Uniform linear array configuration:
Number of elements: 48
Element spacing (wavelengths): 1
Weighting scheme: kaiser
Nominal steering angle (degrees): -30
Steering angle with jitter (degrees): -30.777
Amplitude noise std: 0.05
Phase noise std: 0.05

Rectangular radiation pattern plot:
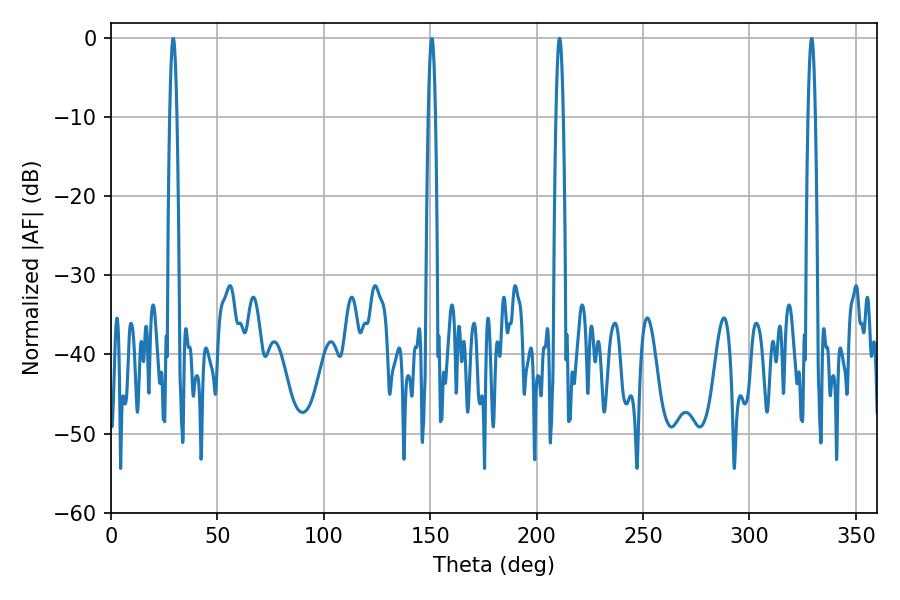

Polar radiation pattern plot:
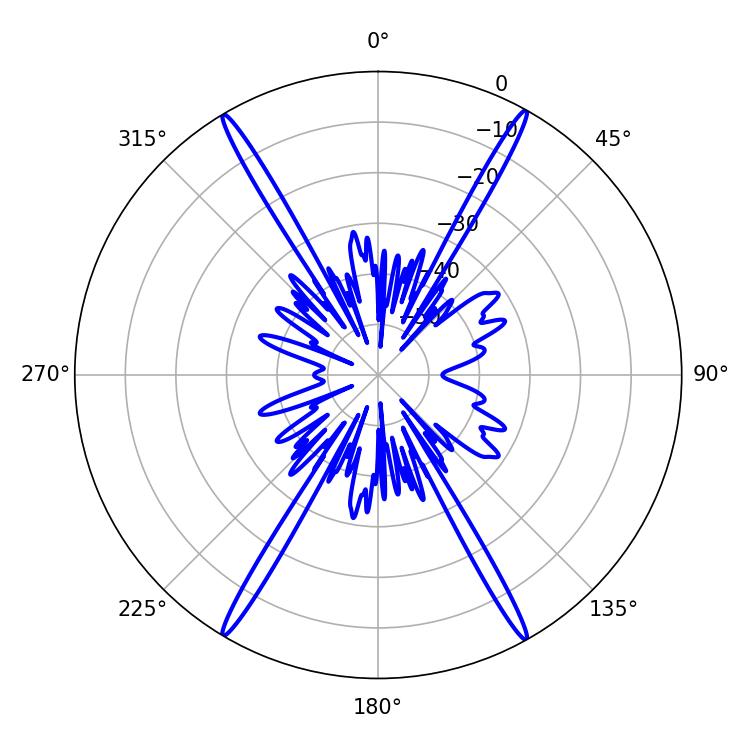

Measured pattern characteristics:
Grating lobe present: TRUE
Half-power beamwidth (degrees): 1.8
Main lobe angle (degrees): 210.78